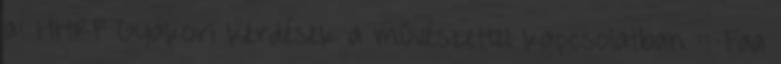
a: HHRF Gyakori kérdések a művészettel kapcsolatban :: Faa